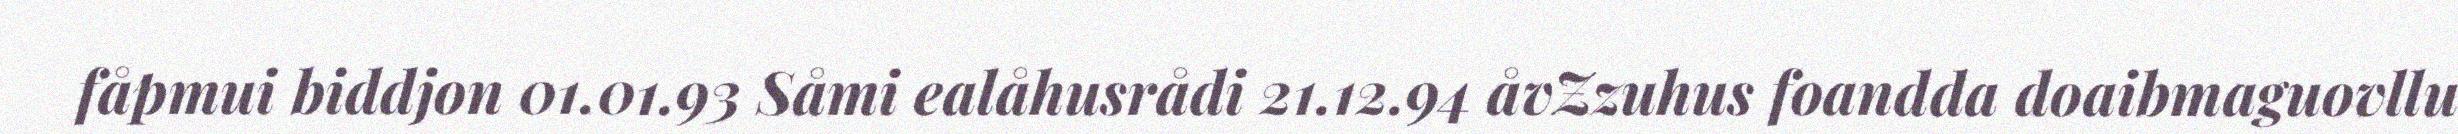
fåpmui biddjon 01.01.93 Såmi ealåhusrådi 21.12.94 åvZzuhus foandda doaibmaguovllu